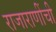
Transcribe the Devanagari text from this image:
राजाराणींची